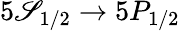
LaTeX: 5\mathscr{S}_{1/2}\rightarrow5P_{1/2}